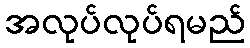
အလုပ်လုပ်ရမည်